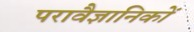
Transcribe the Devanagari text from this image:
परावैज्ञानिकों